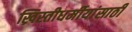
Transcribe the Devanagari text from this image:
ख्रिस्तीधर्मीयांसाठी